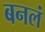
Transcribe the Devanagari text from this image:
बनलं